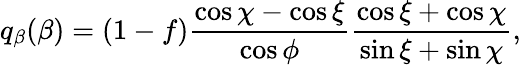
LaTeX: q_{\beta}(\beta)=(1-f)\frac{\cos\chi-\cos\xi}{\cos\phi}\frac{\cos\xi+\cos\chi}{\sin\xi+\sin\chi},